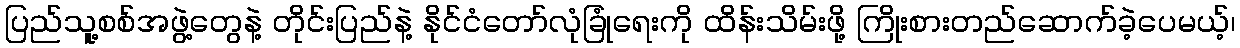
ပြည်သူ့စစ်အဖွဲ့တွေနဲ့ တိုင်းပြည်နဲ့ နိုင်ငံတော်လုံခြုံရေးကို ထိန်းသိမ်းဖို့ ကြိုးစားတည်ဆောက်ခဲ့ပေမယ့်၊